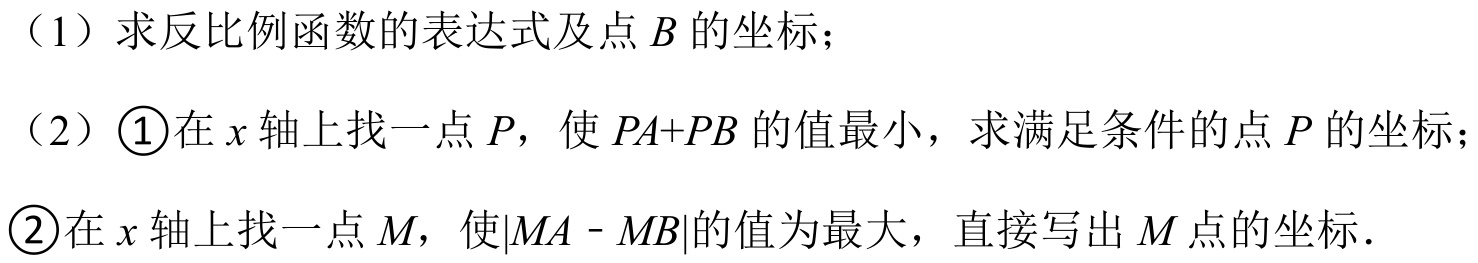
（1）求反比例函数的表达式及点\(B\)的坐标；
（2）\(\textcircled{1}\)在\(x\)轴上找一点\(P\)，使\(PA + PB\)的值最小，求满足条件的点\(P\)的坐标；
\(\textcircled{2}\)在\(x\)轴上找一点\(M\)，使\(\vert MA - MB\vert\)的值为最大，直接写出\(M\)点的坐标．